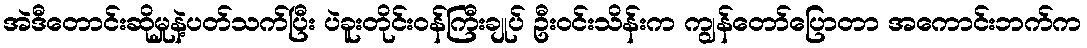
အဲဒီတောင်းဆိုမှုနဲ့ပတ်သက်ပြီး ပဲခူးတိုင်းဝန်ကြီးချုပ် ဦးဝင်းသိန်းက ကျွန်တော်ပြောတာ အကောင်းဘက်က